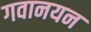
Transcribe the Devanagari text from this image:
गवानयन